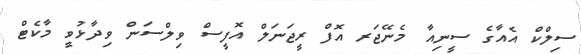
ސިލްކް އެއާގެ ސީނިއާ މެނޭޖަރ އޮފް ރީޖަނަލް އޮފީސް ވިލްސަން ވިދާޅުވީ މާކެޓް